Scientific memoirs by medical officers of the Army of India - Part X,
Year: 1897
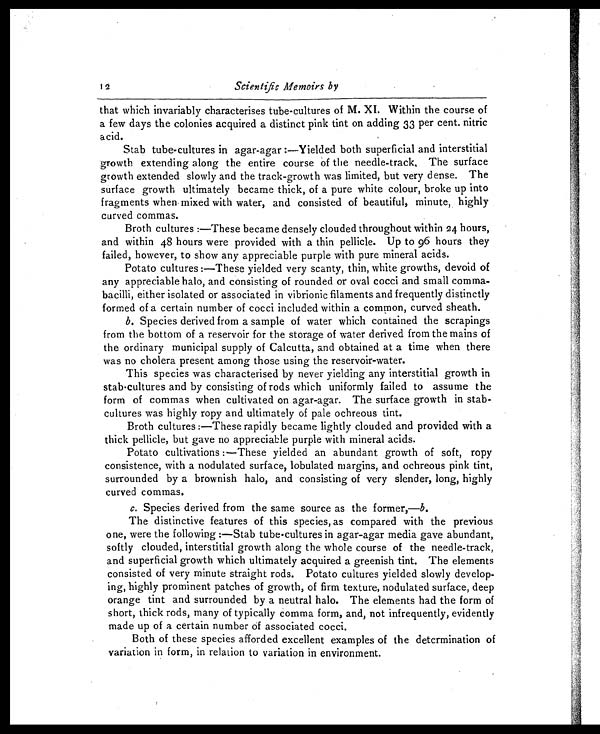
1 2
Scientific Memoirs by
that which invariably characterises tube-cultures of M. XI Within the course of
a few days the colonies acquired a distinct pink tint on adding 33 per cent. nitric
acid. Stab tube-cultures in agar-agar :—Yielded both superficial and interstitial
growth extending along the entire course of the needle-track, The surface
growth extended slowly and the track-growth was limited, but very dense. The
surface growth ultimately became thick, of a pure white colour, broke up into
'
fragments when. mixed with water, and consisted of beautiful, minute, highly
curved commas.
Broth cultures :—These became densely clouded throughout within 24 hours,
and within 48 hours were provided with a thin pellicle. Up to 96 hours they
failed, however, to show any appreciable purple with pure mineral acids.
Potato cultures :—These yielded very scanty, thin, white growths, devoid of
any appreciable halo, and consisting of rounded or oval cocci and small comma-
bacilli, either isolated or associated in vibrionic filaments and frequently distinctly
formed of a certain number of cocci included within a common, curved sheath.
b. Species derived from a sample of water which contained the scrapings
from the bottom of a reservoir for the storage of water derived from the mains o
f the ordinary municipal supply of Calcutta, and obtained at a time when there
was no cholera present among those using the reservoir-water.
This species was characterised by never yielding any interstitial growth in
stab-cultures and by consisting of rods which uniformly failed to assume
the form of commas when cultivated on agar-agar. The surface rowth in stab-
cultures was highly ropy and ultimately of pale ochreous tint.
Broth cultures :—These rapidly became lightly clouded and provided with a
thick pellicle, but gave no appreciable purple with mineral acids.
Potato cultivations :—These yielded an abundant growth of soft, ropy
consistence, with a nodulated surface, lobulated margins, and ochreous pink tint,
surrounded by a brownish halo, and consisting of very slender, long, highly
curved commas.
c. Species derived from the same source as the former,— b.
The distinctive features of this species, as compared with the previous
one, were the following:—Stab tube-cultures in agar-agar media gave abundant,
softly clouded, interstitial growth along the whole courseof the needle-track,
and superficial growth which ultimately acquired a greenish tint. The elements
consisted of very minute straight rods. Potato cultures yielded slowly develop-
ing, highly prominent patches of growth, of firm texture, nodulated surface, deep
orange tint and surrounded by a neutral halo. The elements had the form of
short, thick rods, many of typically comma form, and, not infrequently, evidently
made up of a certain number of associated cocci.
Both of these species afforded excellent examples of the determination of
variation in form, in relation to variation in environment.